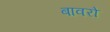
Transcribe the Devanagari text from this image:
बावरो